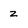
Character: z